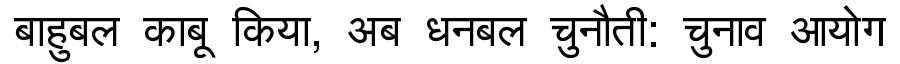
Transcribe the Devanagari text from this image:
बाहुबल काबू किया, अब धनबल चुनौती: चुनाव आयोग